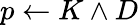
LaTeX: p\leftarrow K\land D